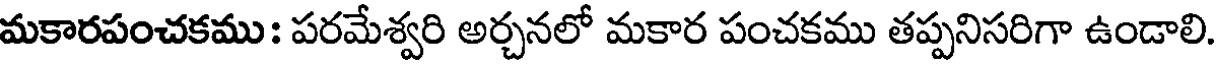
మకారపంచకము : పరమేశ్వరి అర్చనలో మకార పంచకము తప్పనిసరిగా ఉండాలి.